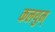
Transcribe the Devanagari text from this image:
कलयुम्